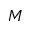
M